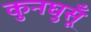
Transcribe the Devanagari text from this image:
कुनघुसूँ